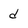
Character: d